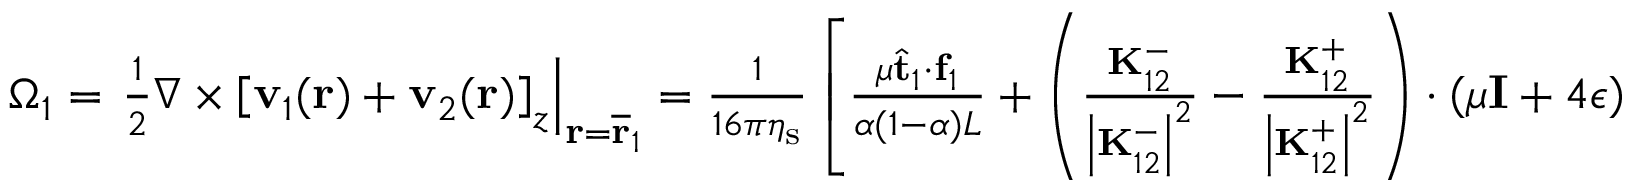
\begin{array} { r } { \Omega _ { 1 } = \left. \frac { 1 } { 2 } \nabla \times \left[ \mathbf { v } _ { 1 } ( \mathbf { r } ) + \mathbf { v } _ { 2 } ( \mathbf { r } ) \right] _ { z } \right| _ { \mathbf { r } = \overline { { \mathbf { r } } } _ { 1 } } = \frac { 1 } { 1 6 \pi \eta _ { \mathrm { s } } } \left[ \frac { \mu \hat { \mathbf { t } } _ { 1 } \cdot \mathbf { f } _ { 1 } } { \alpha ( 1 - \alpha ) L } + \left( \frac { \mathbf { K } _ { 1 2 } ^ { - } } { \left| \mathbf { K } _ { 1 2 } ^ { - } \right| ^ { 2 } } - \frac { \mathbf { K } _ { 1 2 } ^ { + } } { \left| \mathbf { K } _ { 1 2 } ^ { + } \right| ^ { 2 } } \right) \cdot \left( \mu \mathbf { I } + 4 \boldsymbol { \epsilon } \right) \cdot \mathbf { f } _ { 2 } \right] . } \end{array}